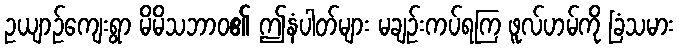
ဥယျာဉ်ကျေးရွာ မိမိသဘာဝ၏ ဤနံပါတ်များ မချဉ်းကပ်ရကြ ဖူလ်ဟမ်ကို ခြံသမား